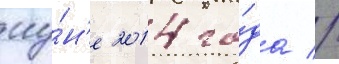
иу́н'е 2014 го́да //